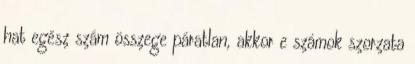
hat egész szám összege páratlan, akkor e számok szorzata